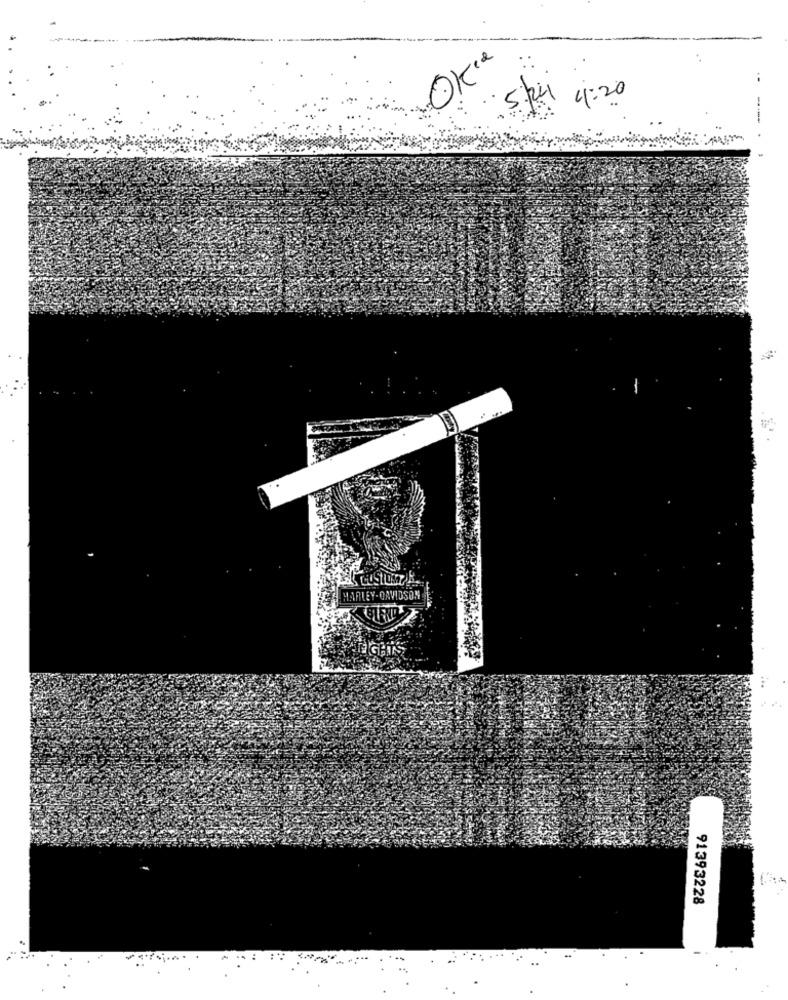
OK"2
57 11:20
---
HARLEY-DAVIDSON
91393228